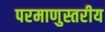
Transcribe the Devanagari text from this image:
परमाणुस्तरीय